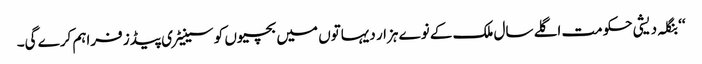
‘‘ بنگلہ دیشی حکومت اگلے سال ملک کے نوے ہزار دیہاتوں میں بچیوں کو سینیٹری پیڈز فراہم کرے گی۔